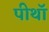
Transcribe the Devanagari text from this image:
पीथॉ